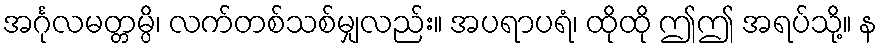
အင်္ဂုလမတ္တမ္ပိ၊ လက်တစ်သစ်မျှလည်း။ အပရာပရံ၊ ထိုထို ဤဤ အရပ်သို့။ န